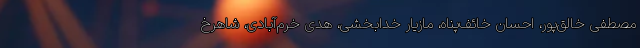
مصطفی خالق‌پور، احسان خائف‌پناه، مازیار خدابخشی، هدی خرم‌آبادی، شاهرخ